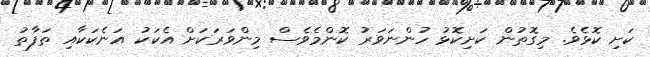
ކަށި ކޮޅެވެ. މިގޮތުން ކަށިކޮޅު ހުންނަވަރު ކޮންމެވެސް މިންވަރަކަށް އެކަކު އަނެކަކާއި ތަފާތު